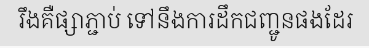
រឹងគឺផ្សាភ្ជាប់ ទៅនឹងការដឹកជញ្ជូនផងដែរ